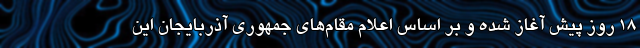
۱۸ روز پیش آغاز شده و بر اساس اعلام مقام‌های جمهوری آذربایجان این